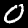
Digit: 0